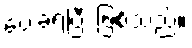
ပေးခဲ့ရပြီး ဖြစ်သည်။